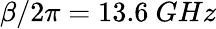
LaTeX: \beta/2\pi=13.6~GHz